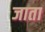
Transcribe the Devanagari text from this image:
जाता